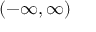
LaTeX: ( - \infty , \infty )